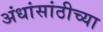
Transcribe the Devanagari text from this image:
अंधांसांठीच्या